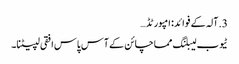
3. آلہ کے فوائد: امپورٹڈ…
ٹیوب لیبلنگ مماچائن کے آس پاس افقی لپیٹنا۔